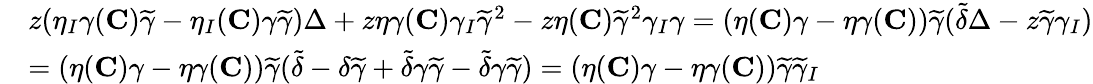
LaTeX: \begin{array}{rl}&{z(\eta_{I}\gamma({\mathbf{C}})\widetilde{\gamma}-\eta_{I}({\mathbf{C}})\gamma\widetilde{\gamma})\Delta+z\eta\gamma({\mathbf{C}})\gamma_{I}\widetilde{\gamma}^{2}-z\eta({{\mathbf{C}}})\widetilde{\gamma}^{2}\gamma_{I}\gamma=(\eta({\mathbf{C}})\gamma-\eta\gamma({\mathbf{C}}))\widetilde{\gamma}(\widetilde{\delta}\Delta-z\widetilde{\gamma}\gamma_{I})}\\ &{=(\eta({\mathbf{C}})\gamma-\eta\gamma({\mathbf{C}}))\widetilde{\gamma}(\widetilde{\delta}-\delta\widetilde{\gamma}+\widetilde{\delta}\gamma\widetilde{\gamma}-\widetilde{\delta}\gamma\widetilde{\gamma})=(\eta({\mathbf{C}})\gamma-\eta\gamma({\mathbf{C}}))\widetilde{\gamma}\widetilde{\gamma}_{I}}\end{array}